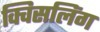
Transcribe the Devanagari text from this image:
क्विसलिंग